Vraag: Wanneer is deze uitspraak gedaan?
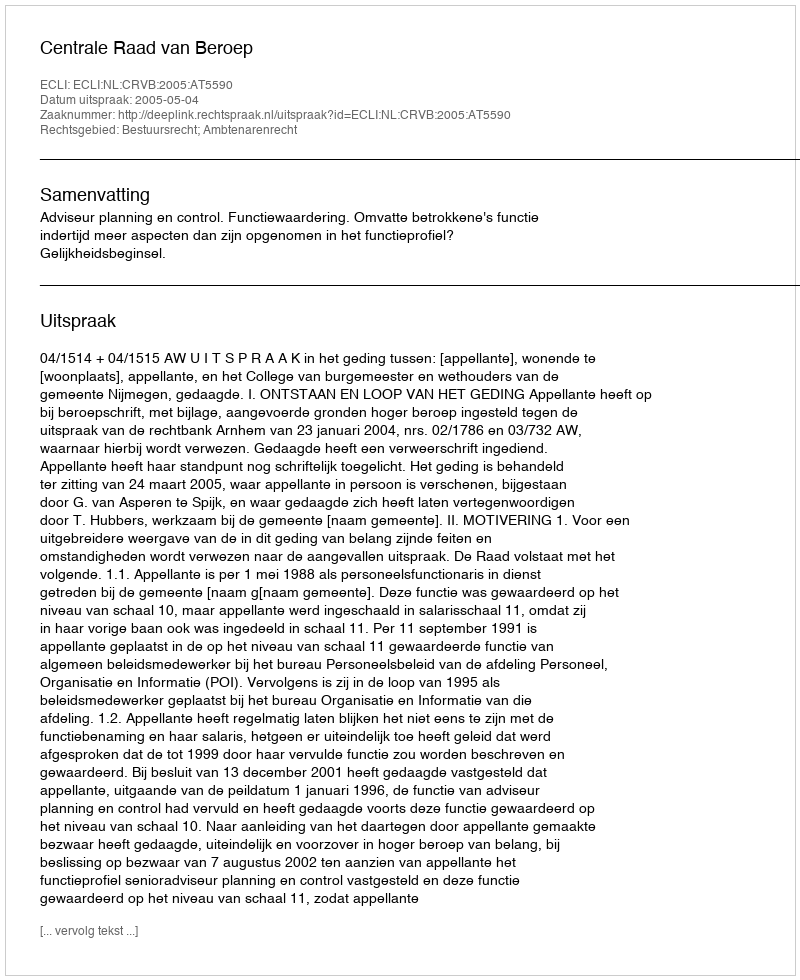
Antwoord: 2005-05-04